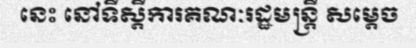
នេះ នៅទីស្តីការគណៈរដ្ឋមន្ត្រី សម្តេច